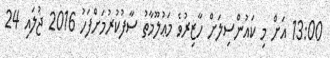
13:00 އަށް މި ކައުންސިލަށް ހާޒިރުވެ މަޢުލޫމާތު ސާފުކުރުމަށްފަހު 2016 ޖުލައި 24